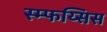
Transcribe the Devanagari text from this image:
स्म्फय्सिस